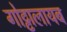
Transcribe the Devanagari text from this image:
गोट्टालायब